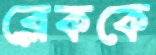
ব্লেককে